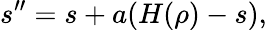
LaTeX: s^{\prime\prime}=s+a(H(\rho)-s),